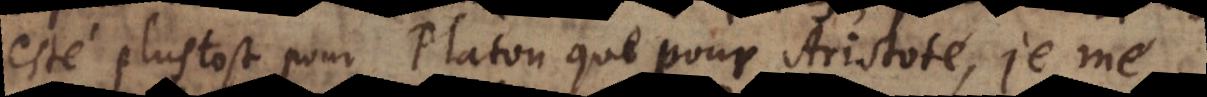
esté plustost pour Platon que pour Aristote, je me